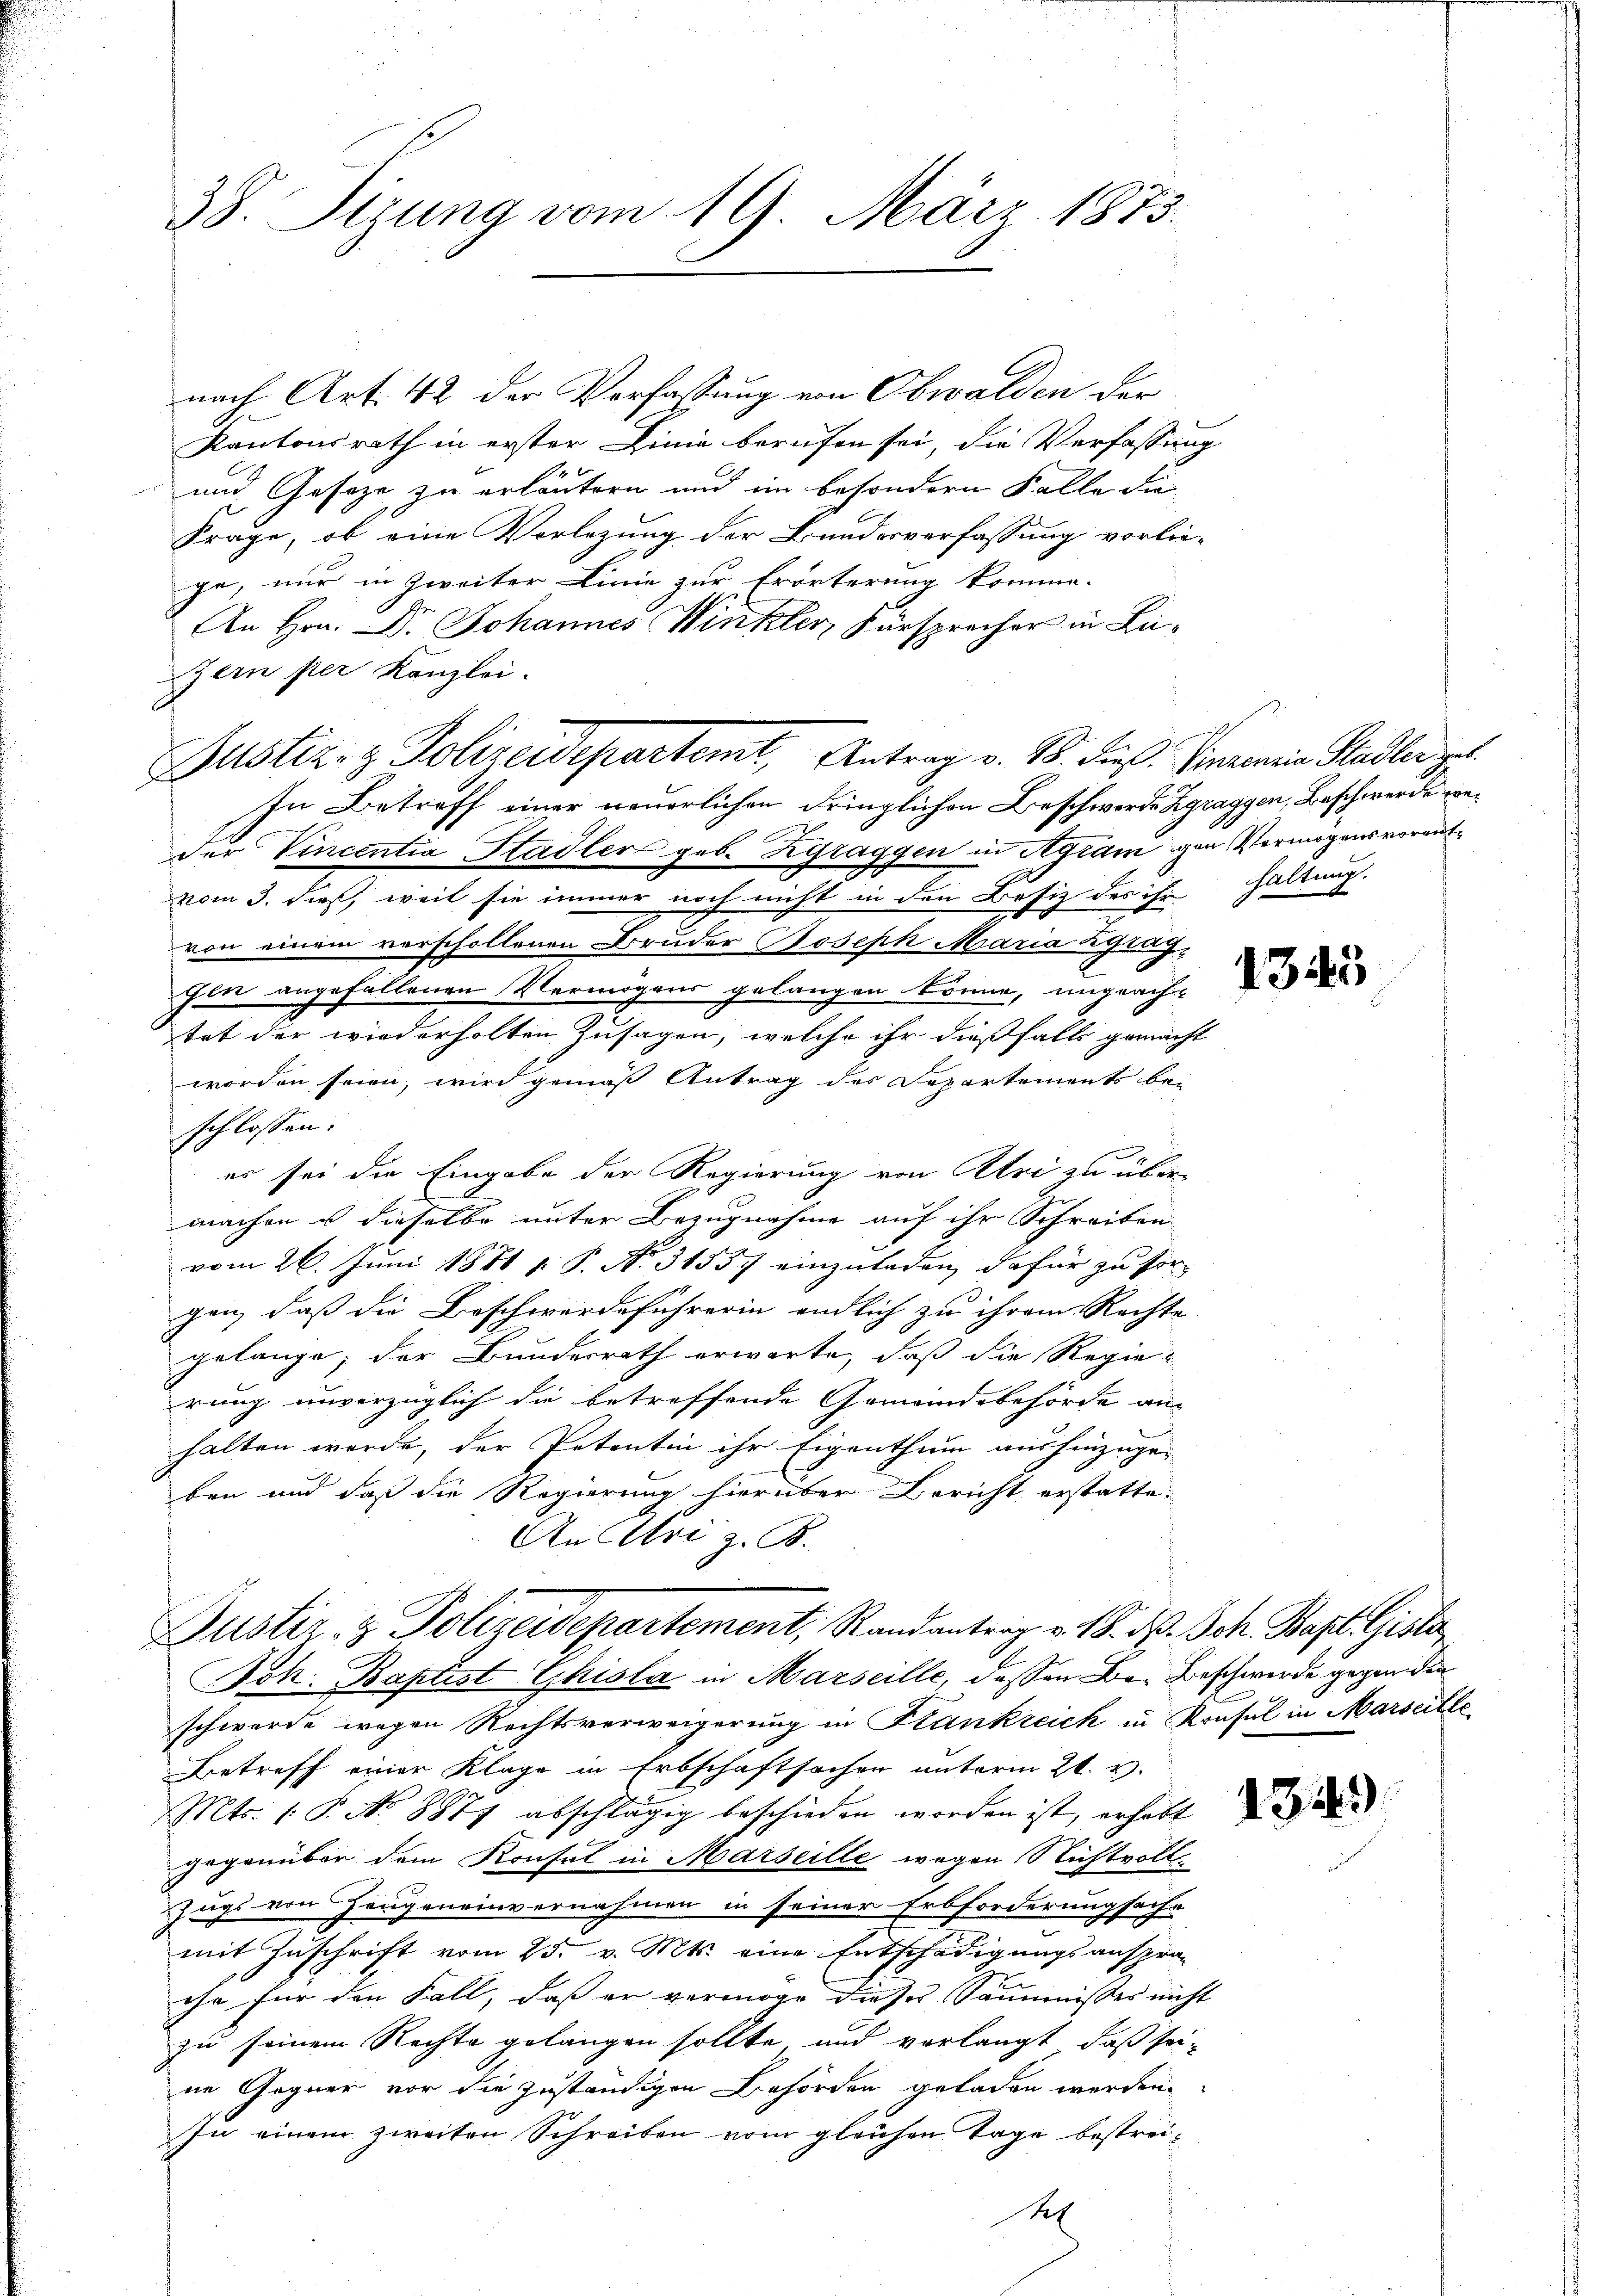
nach Art. 42 der Verfassung von Obwalden der
Kantonsrath in erster Linie berufen sei, die Verfassung
und Gesetze zu erläutern und im besondern Falle die
Frage, ob eine Vorlegung der Bundesverfassung vorlie-
ge, nur in Zweiter Linie zur Erörterung komme.
An Hrn. Dr. Johannes Winkler, Fürsprecher in Lu¬
Zern per Kanzlei.
In Betreff einer neuerlichen dringlichen Beschwerde Zgraggen, Beschwerde weder Vincentia Hadler geb. Zgraggen in Agramigen Vermögens voraufvom 3. dieß, weil sie immer noch nicht in den Besiz des ihr Haltung.
von einem verschollenen Bruder Joseph Maria Zgrag-
fen angefallenen Vermögens gelangen könne, ungeachtet der wiederholten Zusagen, welche ihr dießfalls gemacht
worden seien, wird gemäß Antrag der Departements be-
schlossen:
er sei die Eingabe der Regierung von Alri zu übermachen u dieselbe unter Bezugnahme auf ihr Schreiben
vom 26. Juni 1871 u. P. N. 3155. einzuladen, dafür zu sorgen, daß die Beschwerdeführerin endlich zu ihrem Rechte
gelange; der Bundesrath erwarte, daß die Regie-
rung unverzüglich die betreffende Gemeindebehörde am
halten werde, der Petentin ihr Eigenthum aushinzugeben und daß die Regierung hierüber Bericht erstatte.
An Uri z. B.

38. Stzung vom 19. März 1873.

Justiz- & Polizeidepartemt, Antrag v. 18. dieß. Simonie Stadler zu

Justiz- & Polizeidepartement, Randantrag v. 18. d. Joh. Bapt. Gisla

Joh. Baptist Ehisla in Marseille, dessen Bei Beschwerde gegen den
schwerde wegen Rechtsverweigerung in Krankreich in Konsul in Marseille
Betreff einer Klage in Erbschaftsachen unterm 21. v.
Mts. (: P. No 8877 abschlägig beschieden worden ist, erhalt
gegenüber dem Konsul in Marseille wegen Nichtvoll¬
Zugs von Zeugeneinvernahmen in seiner Erbforderungseihe
mit Zuschrift vom 25. v. Mts. eine Entschädigungsanspra-
ihn für den Fall, daß er vermöge dieses Sammisses nicht
zu seinem Rechte gelangen sollte, und verlangt, daß seine Gegner vor die zuständigen Behörden geladen werden.
In einem zweiten Schreiben vom gleichen Tage bestrei¬
Sal

1345

1349)